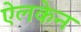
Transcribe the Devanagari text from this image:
ऐलकेन